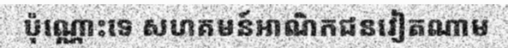
ប៉ុណ្ណោះទេ សហគមន៍អាណិកជនវៀតណាម